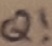
Text: Q!